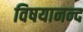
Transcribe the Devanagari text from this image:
विषयानन्द